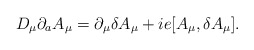
\begin{align*}D_\mu \partial_a A_\mu = \partial_\mu \delta A_\mu + ie[A_\mu, \delta A_\mu ] .\end{align*}